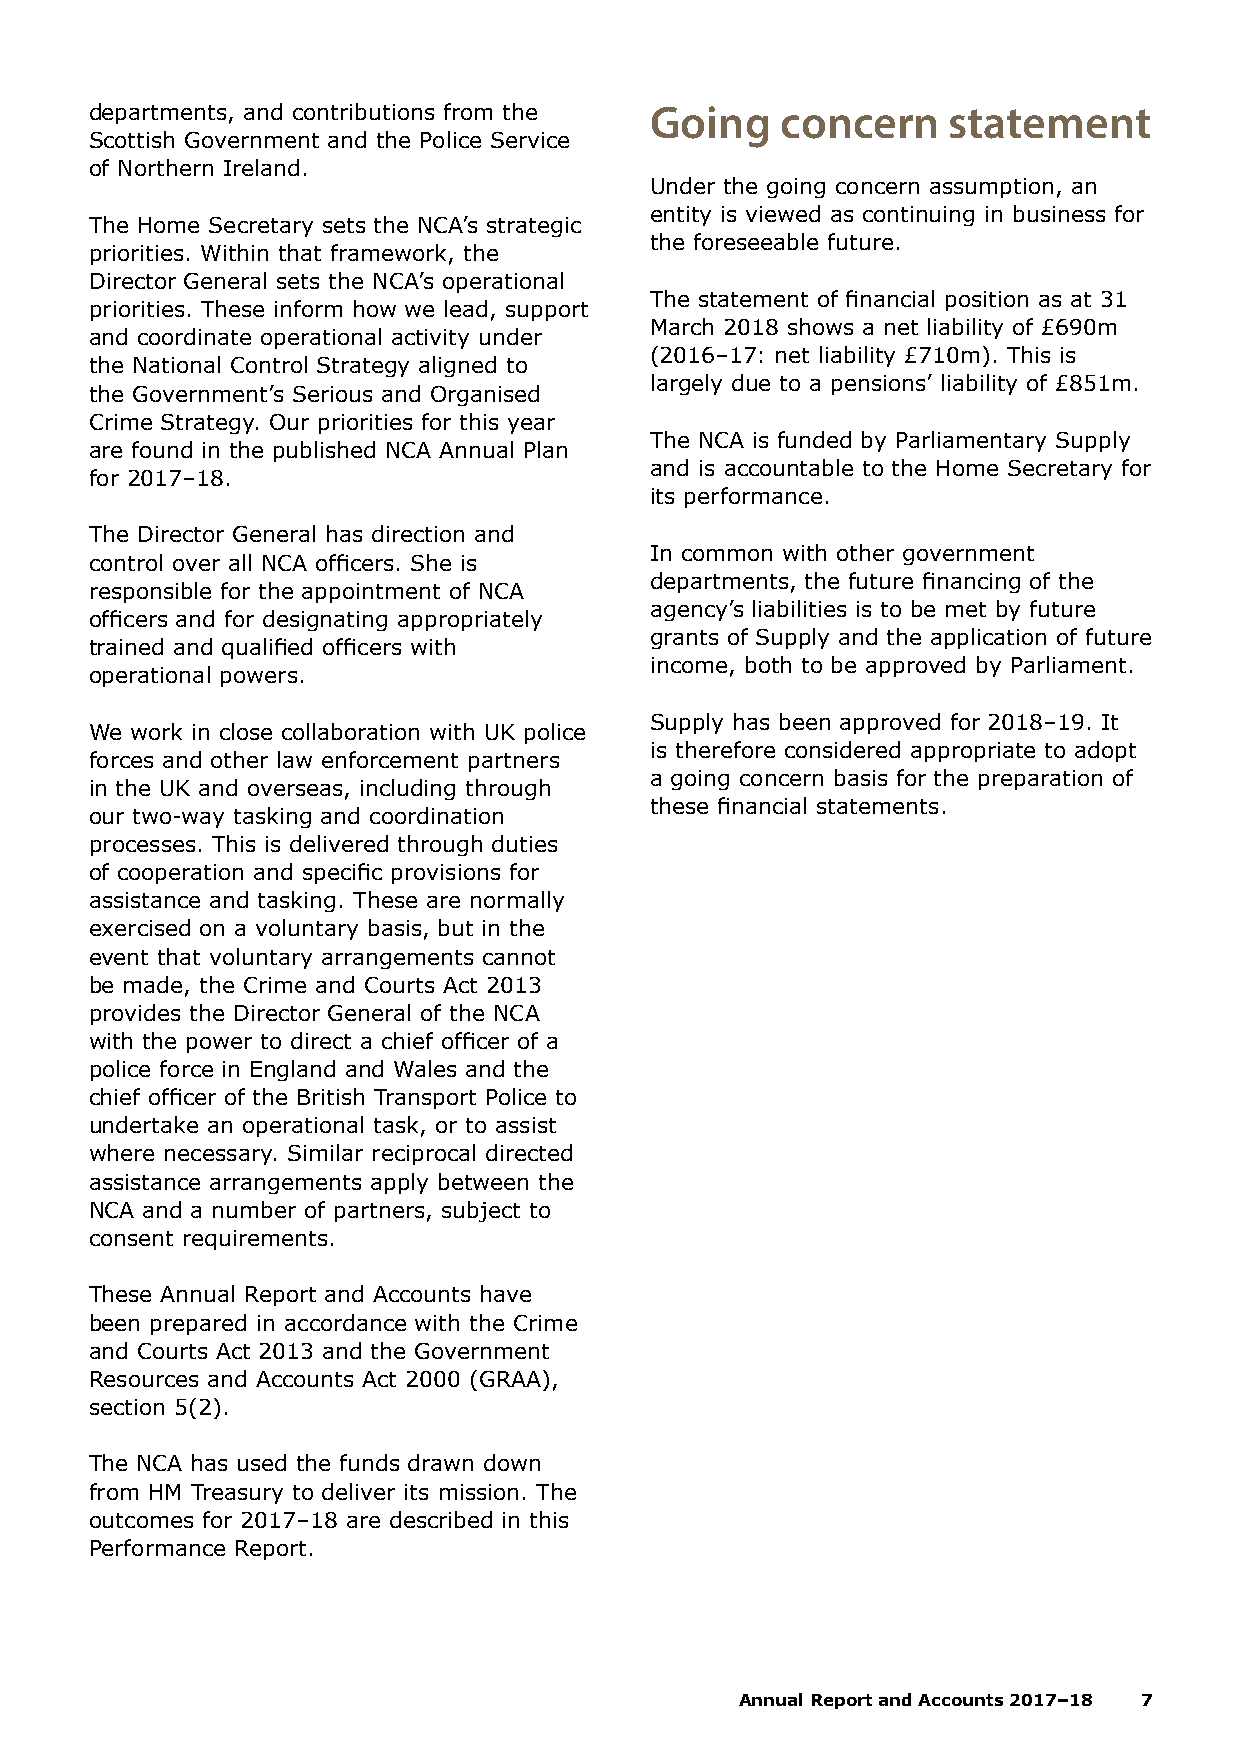
departments, and contributions from the Going concern    statement
 Scottish Government and the Police Service
 of Northern Ireland.
 Under the going concern assumption, an
 entity is viewed as continuing in business for
 The Home Secretary sets the NCA’s strategic
 the foreseeable future.
 priorities. Within that framework, the
 Director General sets the NCA’s operational
 The statement of financial position as at 31
 priorities. These inform how we lead, support
 March 2018 shows a net liability of £690m
 and coordinate operational activity under
 (2016–17: net liability £710m). This is
 the National Control Strategy aligned to
 largely due to a pensions’ liability of £851m.
 the Government’s Serious and Organised
 Crime Strategy. Our priorities for this year
 The NCA is funded by Parliamentary Supply
 are found in the published NCA Annual Plan
 and is accountable to the Home Secretary for
 for 2017–18.
 its performance.
 The Director General has direction and
 In common with other government
 control over all NCA officers. She is
 departments, the future financing of the
 responsible for the appointment of NCA
 agency’s liabilities is to be met by future
 officers and for designating appropriately
 grants of Supply and the application of future
 trained and qualified officers with
 income, both to be approved by Parliament.
 operational powers.
 Supply has been approved for 2018–19. It
 We work in close collaboration with UK police
 is therefore considered appropriate to adopt
 forces and other law enforcement partners
 a going concern basis for the preparation of
 in the UK and overseas, including through
 these financial statements.
 our two-way tasking and coordination
 processes. This is delivered through duties
 of cooperation and specific provisions for
 assistance and tasking. These are normally
 exercised on a voluntary basis, but in the
 event that voluntary arrangements cannot
 be made, the Crime and Courts Act 2013
 provides the Director General of the NCA
 with the power to direct a chief officer of a
 police force in England and Wales and the
 chief officer of the British Transport Police to
 undertake an operational task, or to assist
 where necessary. Similar reciprocal directed
 assistance arrangements apply between the
 NCA and a number of partners, subject to
 consent requirements.
 These Annual Report and Accounts have
 been prepared in accordance with the Crime
 and Courts Act 2013 and the Government
 Resources and Accounts Act 2000 (GRAA),
 section 5(2).
 The NCA has used the funds drawn down
 from HM Treasury to deliver its mission. The
 outcomes for 2017–18 are described in this
 Performance Report.
 Annual Report and Accounts 2017–18 7